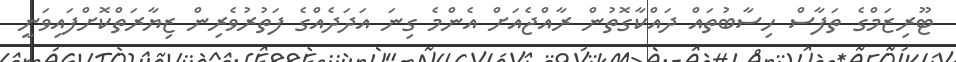
ޓޫރިޒަމްގެ ތަފާސް ހިސާބުތައް ދައްކާގޮތުން ރާއްޖެއަށް އެންމެ ގިނަ އަދަދެއްގެ ފަތުރުވެރިން ޒިޔާރަތްކޮށްފައިވަނީ